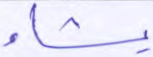
يشاء